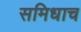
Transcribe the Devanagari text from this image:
समिधाच